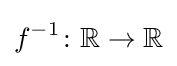
f^{-1}\colon \mathbb {R} \to \mathbb {R}